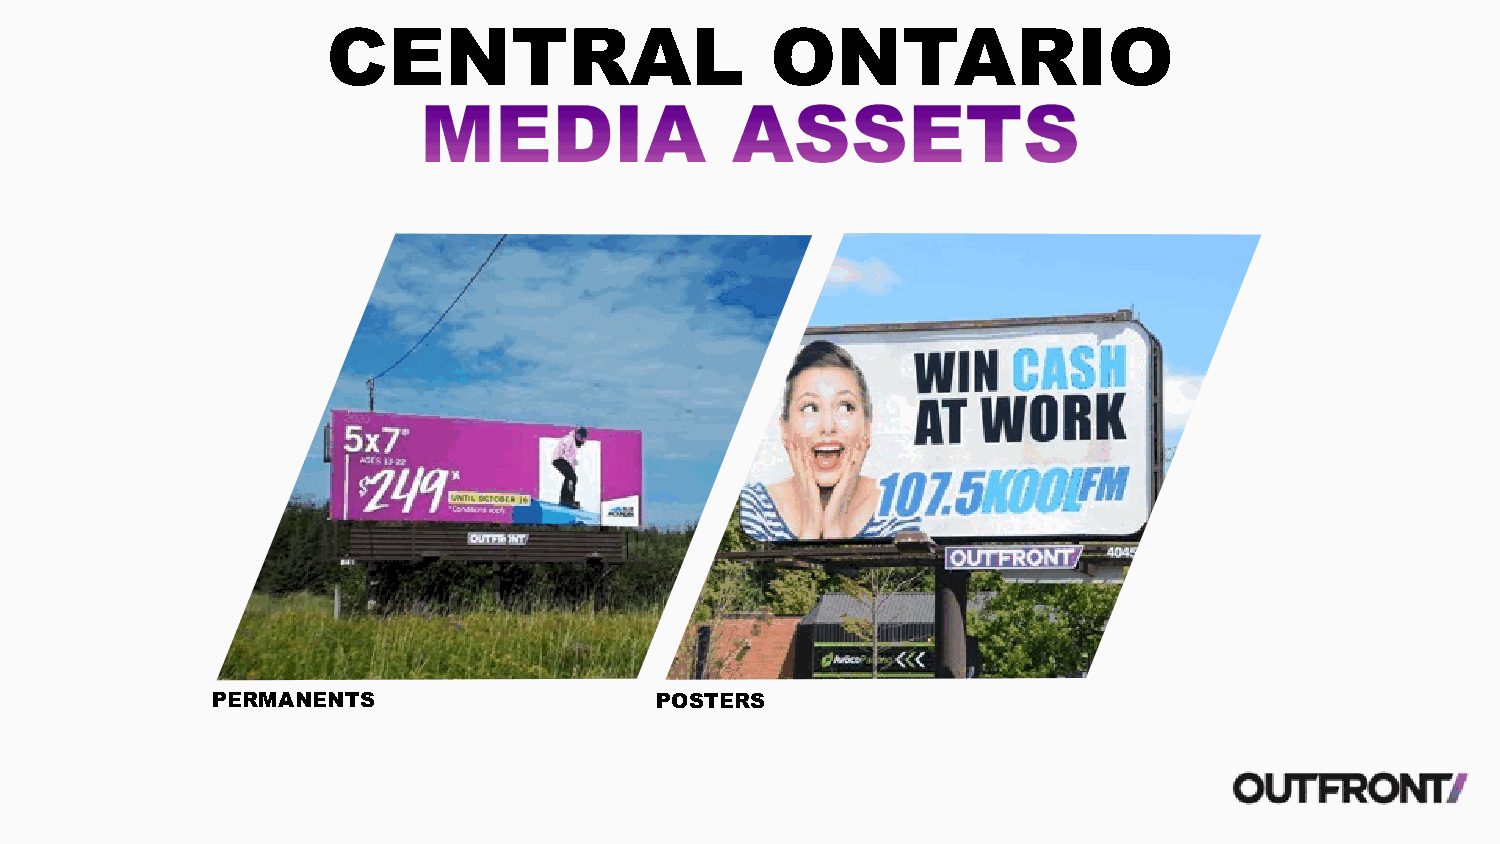
CENTRAL                      ONTARIO
 PERMANENTS                   POSTERS